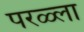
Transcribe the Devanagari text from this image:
परळ्ला